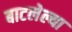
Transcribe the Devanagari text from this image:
बाटलेल्या